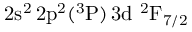
\mathrm { 2 s ^ { 2 } \, 2 p ^ { 2 } ( ^ { 3 } P ) \, 3 d ~ ^ { 2 } F _ { 7 / 2 } }